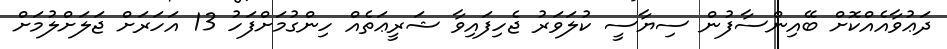
ދަޢުވާއެއްކޮށް ބޭއިންސާފުން ސިޔާސީ ކުލަވަރު ޖެހިފައިވާ ޝަރީޢަތެއް ހިންގުމަށްފަހު 13 އަހަރަށް ޖަލަށްލުމަށް